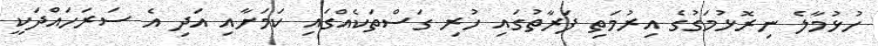
ހުޅުމާލެ ނިރޮޅުމަގުގެ އިރުމަތި ފަރާތުގައި ހުރި ގަސްތަކެއްގައި ކަމަށާއި އަދި އެ ސަރަހައްދަކީ